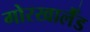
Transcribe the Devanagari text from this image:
गोरखालैँड